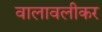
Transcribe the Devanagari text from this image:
वालावलीकर